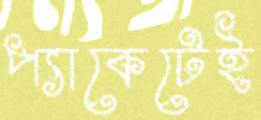
প্যাকেটেই